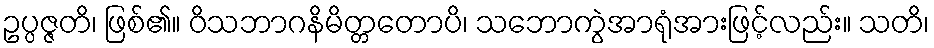
ဥပ္ပဇ္ဇတိ၊ ဖြစ်၏။ ဝိသဘာဂနိမိတ္တတောပိ၊ သဘောကွဲအာရုံအားဖြင့်လည်း။ သတိ၊